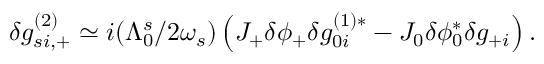
\begin{array} { r } { \delta g _ { s i , + } ^ { ( 2 ) } \simeq i ( \Lambda _ { 0 } ^ { s } / 2 \omega _ { s } ) \left( J _ { + } \delta \phi _ { + } \delta g _ { 0 i } ^ { ( 1 ) * } - J _ { 0 } \delta \phi _ { 0 } ^ { * } \delta g _ { + i } \right) . } \end{array}